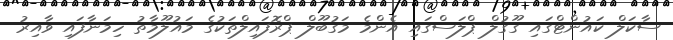
ސާކަލް ކައުންޓްގައި ގޫގުލް ޕްލަސްގައި އެންމެ މަގުބޫލް ޕްރޮފައިލްތަކުގެ މައުލޫމާތު ހިމަނާފައި ވާއިރު